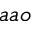
a a o